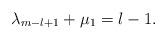
LaTeX: \begin{align*} \lambda _{m-l+1} + \mu _{1} = l-1.\end{align*}